Scientific memoirs by medical officers of the Army of India - Part IV,
Year: 1889
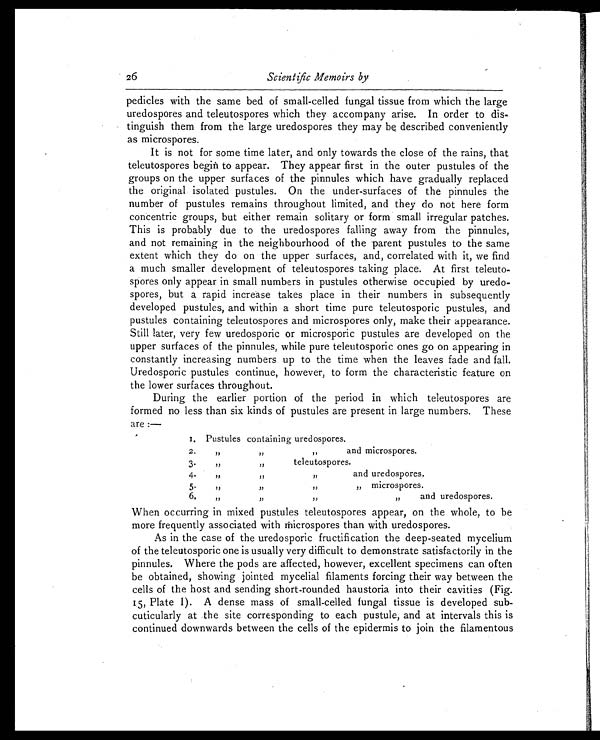
26
Scientific Memoirs by
pedicles with the same bed of small-celled fungal tissue from which the large
uredospores and teleutospores which they accompany arise. In order to dis-
tinguish them from the large uredospores they may be described conveniently
as microspores.
It is not for some time later, and only towards the close of the rains, that
teleutospores begin to appear. They appear first in the outer pustules of the
groups on the upper surfaces of the pinnules which have gradually replaced
the original isolated pustules. On the under-surfaces of the pinnules the
number of pustules remains throughout limited, and they do not here form
concentric groups, but either remain solitary or form small irregular patches.
This is probably due to the uredospores falling away from the pinnules,
and not remaining in the neighbourhood of the parent pustules to the same
extent which they do on the upper surfaces, and, correlated with it, we find
a much smaller development of teleutospores taking place. At first teleuto-
spores only appear in small numbers in pustules otherwise occupied by uredo-
spores, but a rapid increase takes place in their numbers in subsequently
developed pustules, and within a short time pure teleutosporic pustules, and
pustules containing teleutospores and microspores only, make their appearance.
Still later, very few uredosporic or microsporic pustules are developed on the
upper surfaces of the pinnules, while pure teleutosporic ones go on appearing in
constantly increasing numbers up to the time when the leaves fade and fall.
Uredosporic pustules continue, however, to form the characteristic feature on
the lower surfaces throughout.
During the earlier portion of the period in which teleutospores are
formed no less than six kinds of pustules are present in large numbers. These
are :—
1. Pustules containing uredospores.
2.
, ,
, ,
, ,
and microspores.
3 .
, ,
, ,
teleutospores.
4 .
, ,
, ,
, ,
and uredospores.
5 .
,,
, ,
, ,
, ,
microspores.
6.
, ,
, ,
, ,
, ,
and uredospores.
When occurring in mixed pustules teleutospores appear, on the whole, to be
more frequently associated with microspores than with uredospores.
As in the case of the uredosporic fructification the deep-seated mycelium
of the teleutosporic one is usually very difficult to demonstrate satisfactorily in the
pinnules. Where the pods are affected, however, excellent specimens can often
be obtained, showing jointed rnycelial filaments forcing their way between the
cells of the host and sending short-rounded haustoria into their cavities (Fig.
15, Plate I). A dense mass of small-celled fungal tissue is developed sub-
cuticularly at the site corresponding to each pustule, and at intervals this is
continued downwards between the cells of the epidermis to join the filamentous